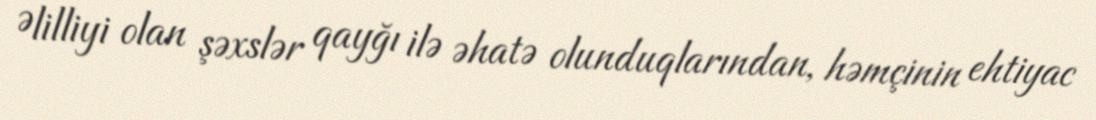
Əlilliyi olan şəxslər qayğı ilə əhatə olunduqlarından, həmçinin ehtiyac